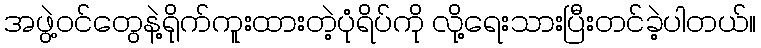
အဖွဲ့ဝင်တွေနဲ့ရိုက်ကူးထားတဲ့ပုံရိပ်ကို လို့ရေးသားပြီးတင်ခဲ့ပါတယ်။